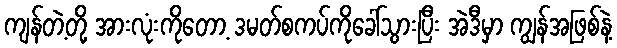
ကျန်တဲ့တို့ အားလုံးကိုတော့ ဒမတ်စကပ်ကိုခေါ်သွားပြီး အဲဒီမှာ ကျွန်အဖြစ်နဲ့